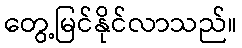
တွေ့မြင်နိုင်လာသည်။